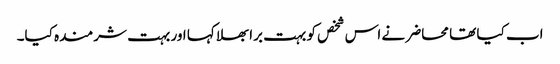
اب کیا تھا محاضر نے اس شخص کو بہت برا بھلا کہا اور بہت شرمندہ کیا۔